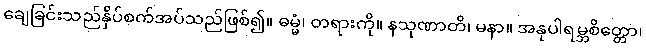
ချေခြင်းသည်နှိပ်စက်အပ်သည်ဖြစ်၍။ ဓမ္မံ၊ တရားကို။ နသုဏာတိ၊ မနာ။ အနုပါရမ္ဘစိတ္တော၊